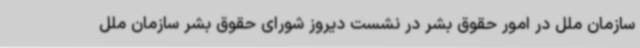
سازمان ملل در امور حقوق بشر در نشست دیروز شورای حقوق بشر سازمان ملل